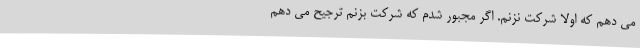
می دهم که اولا شرکت نزنم. اگر مجبور شدم که شرکت بزنم ترجیح می دهم